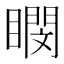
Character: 𪾽